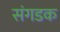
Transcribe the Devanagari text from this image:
संगडक